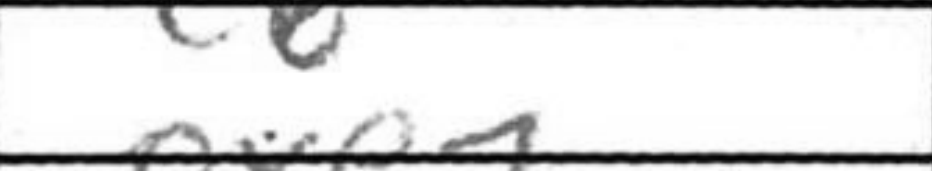
Transcription: c6